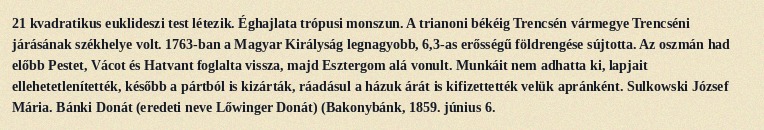
21 kvadratikus euklideszi test létezik. Éghajlata trópusi monszun. A trianoni békéig Trencsén vármegye Trencséni járásának székhelye volt. 1763-ban a Magyar Királyság legnagyobb, 6,3-as erősségű földrengése sújtotta. Az oszmán had előbb Pestet, Vácot és Hatvant foglalta vissza, majd Esztergom alá vonult. Munkáit nem adhatta ki, lapjait ellehetetlenítették, később a pártból is kizárták, ráadásul a házuk árát is kifizettették velük apránként. Sulkowski József Mária. Bánki Donát (eredeti neve Lőwinger Donát) (Bakonybánk, 1859. június 6.